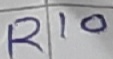
Text: R10